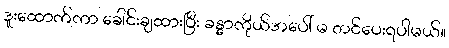
ဒူးထောက်ကာ ခေါင်းချထားပြီး ခန္ဓာကိုယ်အပေါ် မ တင်ပေးရပါမယ်။